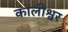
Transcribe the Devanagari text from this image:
कालीश्वर